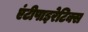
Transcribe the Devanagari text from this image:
एंटीपाइरेटिक्स